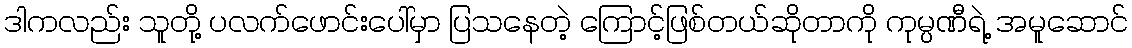
ဒါကလည်း သူတို့ ပလက်ဖောင်းပေါ်မှာ ပြသနေတဲ့ ကြောင့်ဖြစ်တယ်ဆိုတာကို ကုမ္ပဏီရဲ့ အမူဆောင်